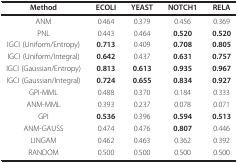
<table><thead><tr><td><b>Method</b></td><td><b>ECOLI</b></td><td><b>YEAST</b></td><td><b>NOTCH1</b></td><td><b>RELA</b></td></tr></thead><tbody><tr><td>ANM</td><td>0.464</td><td>0.379</td><td>0.456</td><td>0.369</td></tr><tr><td>PNL</td><td>0.443</td><td>0.464</td><td><b>0.520</b></td><td><b>0.520</b></td></tr><tr><td>IGCI (Uniform/Entropy)</td><td><b>0.713</b></td><td>0.409</td><td><b>0.708</b></td><td><b>0.805</b></td></tr><tr><td>IGCI (Uniform/Integral)</td><td><b>0.642</b></td><td>0.437</td><td><b>0.631</b></td><td><b>0.757</b></td></tr><tr><td>IGCI (Gaussian/Entropy)</td><td><b>0.813</b></td><td><b>0.613</b></td><td><b>0.935</b></td><td><b>0.967</b></td></tr><tr><td>IGCI (Gaussian/Integral)</td><td><b>0.724</b></td><td><b>0.655</b></td><td><b>0.834</b></td><td><b>0.927</b></td></tr><tr><td>GPI-MML</td><td>0.488</td><td>0.370</td><td>0.184</td><td>0.333</td></tr><tr><td>ANM-MML</td><td>0.393</td><td>0.237</td><td>0.078</td><td>0.071</td></tr><tr><td>GPI</td><td><b>0.536</b></td><td>0.396</td><td><b>0.594</b></td><td><b>0.513</b></td></tr><tr><td>ANM-GAUSS</td><td>0.474</td><td>0.476</td><td><b>0.807</b></td><td>0.446</td></tr><tr><td>LINGAM</td><td>0.462</td><td>0.463</td><td>0.362</td><td>0.392</td></tr><tr><td>RANDOM</td><td>0.500</td><td>0.500</td><td>0.500</td><td>0.500</td></tr></tbody></table>